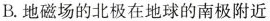
B. 地磁场的北极在地球的南极附近